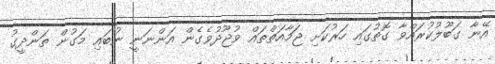
އޭނާ ގަބޫލުކުރައްވާ ގޮތުގައި ހަރުކަށި ޖަމާއަތްތައް ވުޖޫދުވެގެން އަންނަނީ ނުބައި މަގުން ތަންދީގު